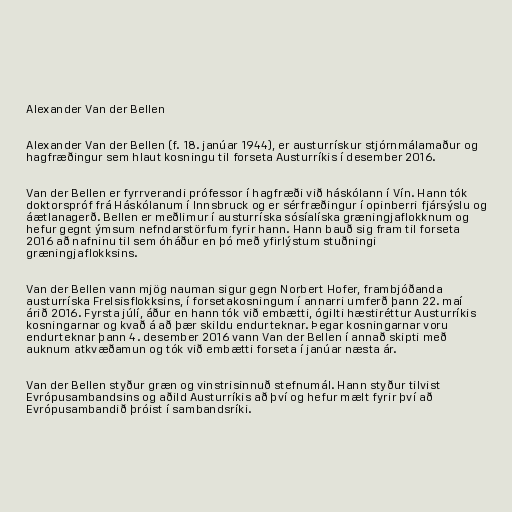
Alexander Van der Bellen

Alexander Van der Bellen (f. 18. janúar 1944), er austurrískur stjórnmálamaður og
hagfræðingur sem hlaut kosningu til forseta Austurríkis í desember 2016.

Van der Bellen er fyrrverandi prófessor í hagfræði við háskólann í Vín. Hann tók
doktorspróf frá Háskólanum í Innsbruck og er sérfræðingur í opinberri fjársýslu og
áætlanagerð. Bellen er meðlimur í austurríska sósíalíska græningjaflokknum og
hefur gegnt ýmsum nefndarstörfum fyrir hann. Hann bauð sig fram til forseta
2016 að nafninu til sem óháður en þó með yfirlýstum stuðningi
græningjaflokksins.

Van der Bellen vann mjög nauman sigur gegn Norbert Hofer, frambjóðanda
austurríska Frelsisflokksins, í forsetakosningum í annarri umferð þann 22. maí
árið 2016. Fyrsta júlí, áður en hann tók við embætti, ógilti hæstiréttur Austurríkis
kosningarnar og kvað á að þær skildu endurteknar. Þegar kosningarnar voru
endurteknar þann 4. desember 2016 vann Van der Bellen í annað skipti með
auknum atkvæðamun og tók við embætti forseta í janúar næsta ár.

Van der Bellen styður græn og vinstrisinnuð stefnumál. Hann styður tilvist
Evrópusambandsins og aðild Austurríkis að því og hefur mælt fyrir því að
Evrópusambandið þróist í sambandsríki.